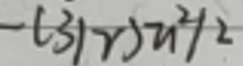
$- ( 3 / r ) u ^ { 2 } / 2$